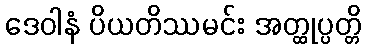
ဒေဝါနံ ပိယတိဿမင်း အတ္ထုပ္ပတ္တိ